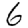
Digit: 6